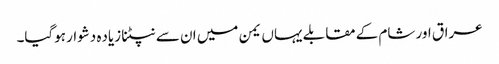
عراق اور شام کے مقابلے یہاں یمن میں ان سے نپٹنا زیاده دشوار ہوگیا۔